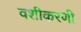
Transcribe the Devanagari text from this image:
वशीकरणी